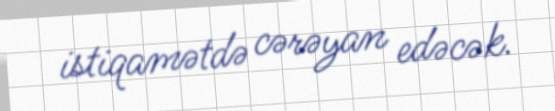
istiqamətdə cərəyan edəcək.